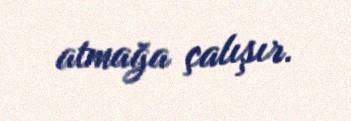
atmağa çalışır.